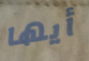
أيها